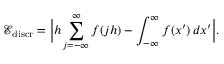
\mathcal { E } _ { \mathrm { d i s c r } } = \Big | h \sum _ { j = - \infty } ^ { \infty } f ( j h ) - \int _ { - \infty } ^ { \infty } f ( x ^ { \prime } ) \, d x ^ { \prime } \Big | .